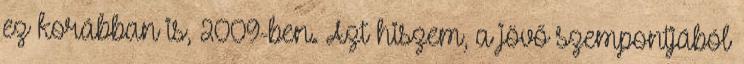
ez korábban is, 2009-ben. Azt hiszem, a jövő szempontjából